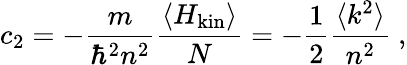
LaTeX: c_{2}=-\frac{m}{\hbar^{2}n^{2}}\frac{\langle H_{\mathrm{kin}}\rangle}{N}=-\frac{1}{2}\frac{\langle k^{2}\rangle}{n^{2}}\ ,